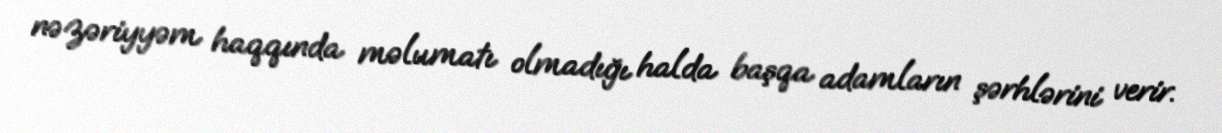
nəzəriyyəm haqqında məlumatı olmadığı halda başqa adamların şərhlərini verir.